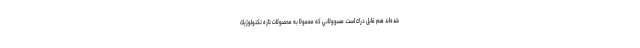
شده‌اند هم قابل درك است. مسوولاني كه معمولا به محصولات تازه تكنولوژيك